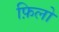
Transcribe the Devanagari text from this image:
फ़िलो